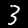
Digit: 3